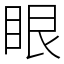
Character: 眼